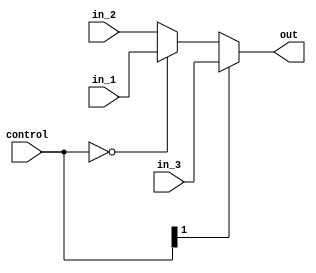
`timescale 1ns / 1ps
//////////////////////////////////////////////////////////////////////////////////
// Company: 
// Engineer: 
// 
// Design Name: 
// Module Name:    pc_mux 
// Project Name: 
// Target Devices: 
// Tool versions: 
// Description: 
//
// Dependencies: 
//
// Revision: 
// Revision 0.01 - File Created
// Additional Comments: 
//
//////////////////////////////////////////////////////////////////////////////////
module mux_3(control,in_1,in_2,in_3,out
    );
	
	input [1:0] control;
	input [15:0] in_1,in_2,in_3;
	
	output reg [15:0] out;
	
	always@(*) begin
		if(control[1] == 'd1)
			out <= in_3;
		else
			if(control == 'd0)
				out <= in_1;
			else
				out <= in_2;
	end

endmodule